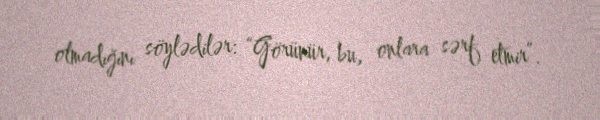
olmadığını söylədilər: “Görünür, bu, onlara sərf etmir”.